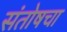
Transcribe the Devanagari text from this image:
संतोषचा